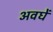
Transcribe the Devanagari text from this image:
अवघें